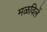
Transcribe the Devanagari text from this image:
मळविलें